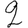
Digit: 2